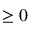
\geq 0